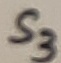
Text: S3